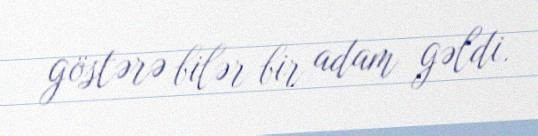
göstərə bilər bir adam gəldi.